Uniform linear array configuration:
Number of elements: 8
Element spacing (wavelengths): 0.5
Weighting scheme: uniform
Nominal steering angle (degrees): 0
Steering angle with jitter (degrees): -0.9662
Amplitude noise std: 0.05
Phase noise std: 0.05

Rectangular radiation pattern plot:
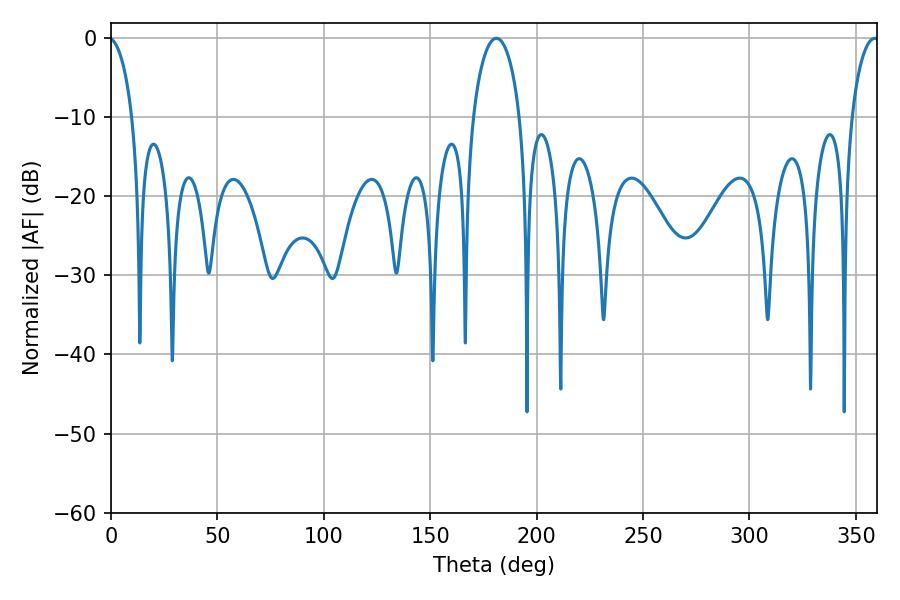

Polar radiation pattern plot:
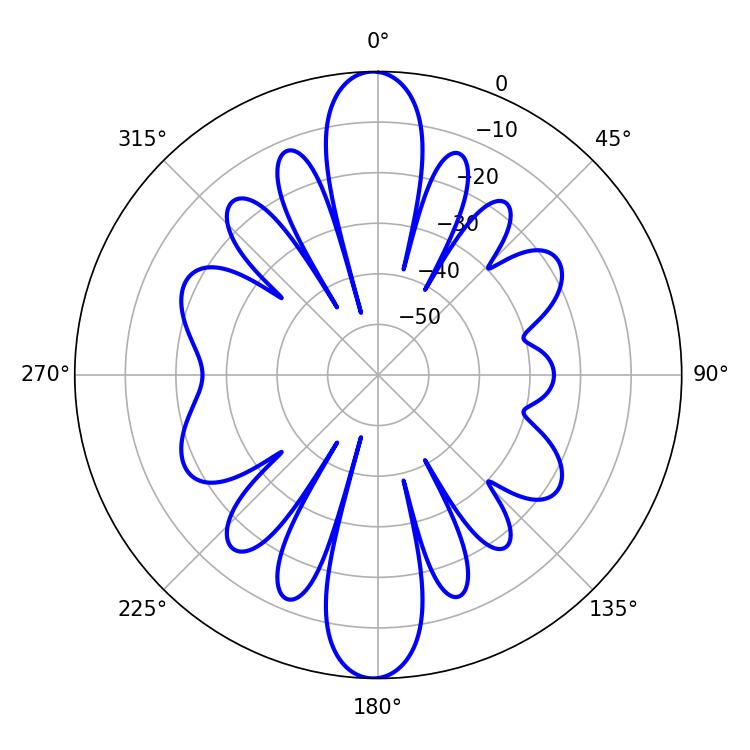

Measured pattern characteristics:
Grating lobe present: FALSE
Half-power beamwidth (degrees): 12.6
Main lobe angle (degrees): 181.08